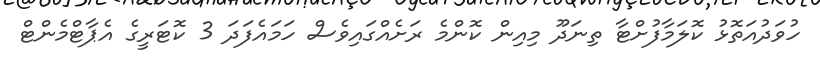
ހުވަދުއަތޮޅު ކޮލަމާފުށްޓާ ތިނަދޫ މިއިން ކޮންމެ ރަށެއްގައިވެސް ހަމައެފަދަ 3 ކޮޓަރީގެ އެޕާޓްމެންޓް